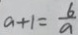
a + 1 = \frac { 6 } { a }